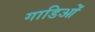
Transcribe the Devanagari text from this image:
गाडिओं